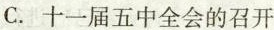
C.十一届五中全会的召开